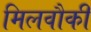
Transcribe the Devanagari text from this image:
मिलवौकी